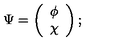
\Psi = \left( \begin{array} { c c } { \phi } \\ { \chi } \\ \end{array} \right) ;